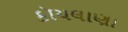
કૉયલાણા